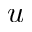
u